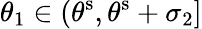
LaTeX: \theta_{1}\in(\theta^{\mathrm{s}},\theta^{\mathrm{s}}+\sigma_{2}]